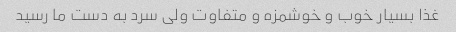
غذا بسیار خوب و خوشمزه و متفاوت ولی سرد به دست ما رسید